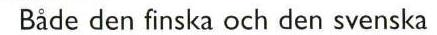
 Både den finska och den svenska